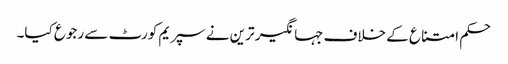
حکم امتناع کے خلاف جہانگیر ترین نے سپریم کورٹ سے رجوع کیا۔